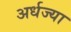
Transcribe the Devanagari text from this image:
अर्धज्या